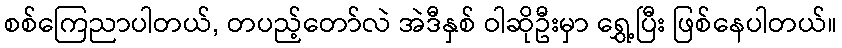
စစ်ကြေညာပါတယ်, တပည့်တော်လဲ အဲဒီနှစ် ဝါဆိုဦးမှာ ရွှေ့ပြီး ဖြစ်နေပါတယ်။